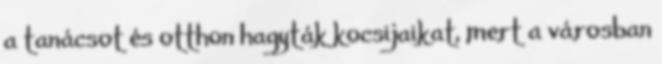
a tanácsot és otthon hagyták kocsijaikat, mert a városban